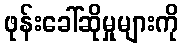
ဖုန်းခေါ်ဆိုမှုများကို